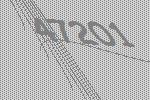
47201